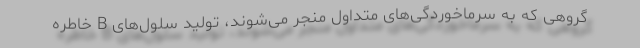
گروهی که به سرماخوردگی‌های متداول منجر می‌شوند، تولید سلول‌های B خاطره